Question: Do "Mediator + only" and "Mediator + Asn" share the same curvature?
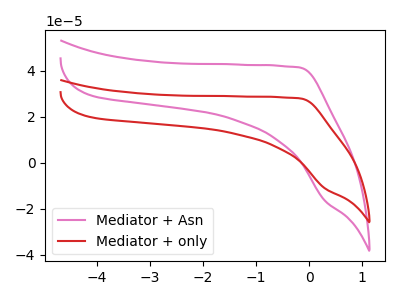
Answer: <think>The pink curve "Mediator + Asn" has no peaks. The red curve "Mediator + only" has no peaks.
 Neither "Mediator + only" or "Mediator + Asn" have any peaks.</think>
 <answer>"Mediator + only" and "Mediator + Asn" are similar in shape.</answer>
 <eval>same_shape</eval>